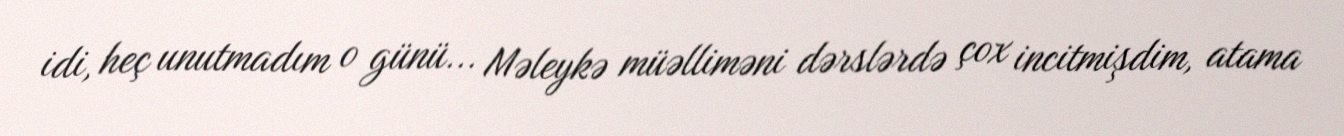
idi, heç unutmadım o günü... Məleykə müəlliməni dərslərdə çox incitmişdim, atama